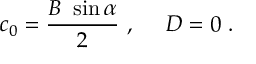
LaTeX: c _ { 0 } = \frac { B ~ \sin \alpha } 2 ~ , ~ ~ ~ ~ D = 0 ~ .